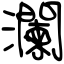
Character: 瀾